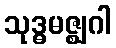
သုဒ္ဓမဇ္ဈဂါ